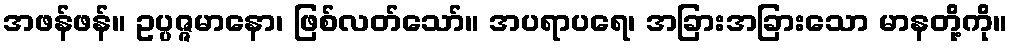
အဖန်ဖန်။ ဥပ္ပဇ္ဇမာနော၊ ဖြစ်လတ်သော်။ အပရာပရေ၊ အခြားအခြားသော မာနတို့ကို။